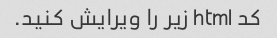
کد html زیر را ویرایش کنید.